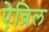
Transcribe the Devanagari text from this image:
ऐव्रिल